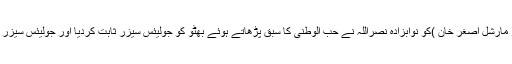
(محب وطن بروٹس یعنی ائیر مارشل اصغر خان )کو نوابزادہ نصراللہ نے حُب الوطنی کا سبق پڑھاتے ہوئے بھٹو کو جولیئس سیزر ثابت کردیا اور جولیئس سیزر کا انجام تو آپ جانتے ہی ہیں۔